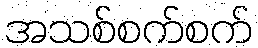
အသစ်စက်စက်